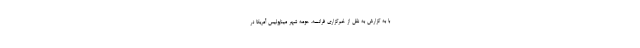
با به گزارش به نقل از خبرگزاری فرانسه، حومه شهر میناپولیس آمریکا در